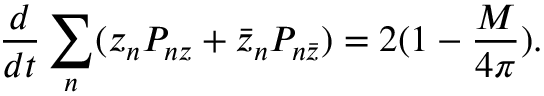
\frac { d } { d t } \sum _ { n } ( z _ { n } P _ { n z } + \bar { z } _ { n } P _ { n \bar { z } } ) = 2 ( 1 - \frac { M } { 4 \pi } ) .